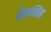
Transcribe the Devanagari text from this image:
कॅलव्हिन